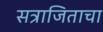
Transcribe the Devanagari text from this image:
सत्राजिताचा